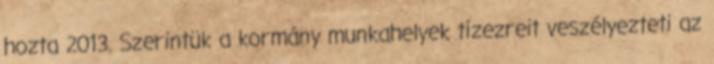
hozta 2013. Szerintük a kormány munkahelyek tízezreit veszélyezteti az